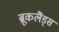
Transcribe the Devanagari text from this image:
ब्रूकलैंड्स